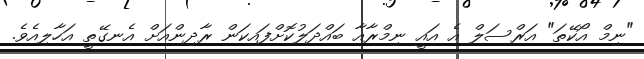
"ނިމް އޯކޭތަ" އަރްސަލް އެ އައީ ނިމްރާއާ ބައްދަލުކޮށްފައިކަން ރާދިންއަށް އެނގޭތީ އަހާލިއެވެ.